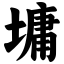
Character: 墉